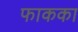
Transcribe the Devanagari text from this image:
फाकका